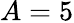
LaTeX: A=5